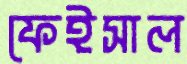
ফেইসাল